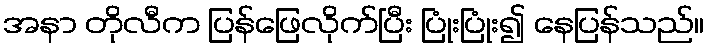
အနာ တိုလီက ပြန်ဖြေလိုက်ပြီး ပြုံးပြုံး၍ နေပြန်သည်။